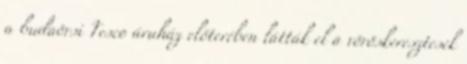
a budaörsi Tesco áruház előterében látták el a vöröskeresztesek